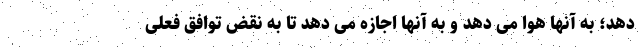
دهد؛ به آنها هوا می دهد و به آنها اجازه می دهد تا به نقض توافق فعلی